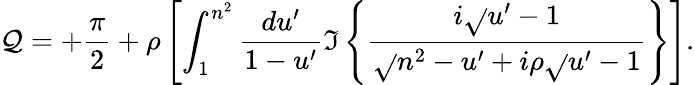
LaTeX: \mathcal{Q}=+{\frac{{\pi}}{{2}}}+\rho\left[\int_{1}^{n^{2}}{\frac{{du^{\prime}}}{{1-u^{\prime}}}}\Im\left\{ {\frac{{i\sqrt{}{{u^{\prime}-1}}}}{{\sqrt{}{{n^{2}-u^{\prime}}}+i\rho\sqrt{}{{u^{\prime}-1}}}}}\right\} \right].